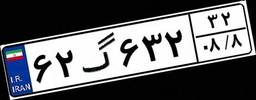
۶۲گ۶۳۲۳۲